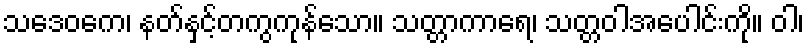
သဒေဝကေ၊ နတ်နှင့်တကွကုန်သော။ သတ္တာကာရေ၊ သတ္တဝါအပေါင်းကို။ ဝါ၊